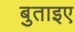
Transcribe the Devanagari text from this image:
बुताइए